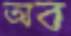
অব